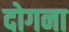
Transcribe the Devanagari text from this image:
दोगना